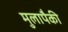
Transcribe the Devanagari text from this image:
मुलापैकी